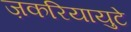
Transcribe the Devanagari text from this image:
ज़करियायुटे